Lunatic asylums United Prov. 1922-30 - 1922-1930
Year: 1922
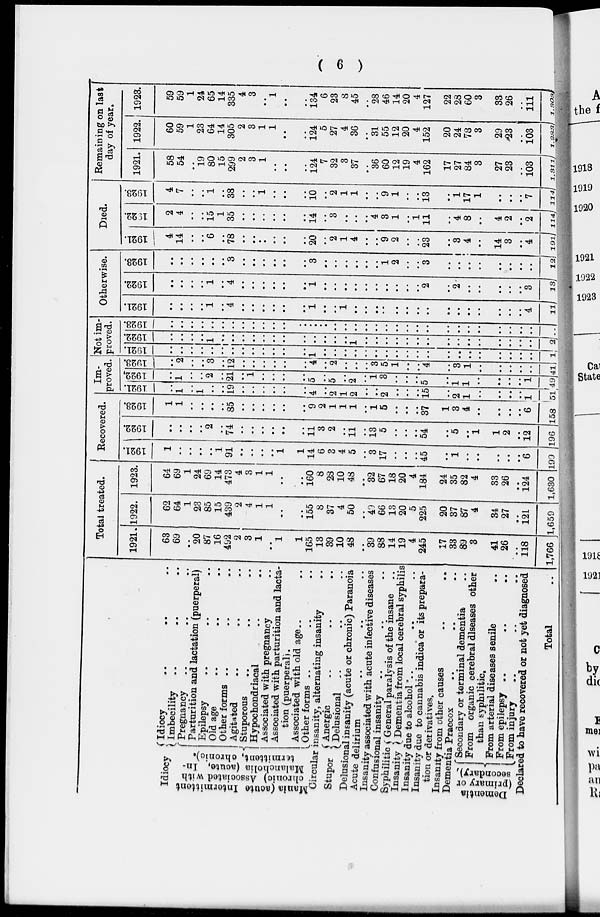
( 6 )
Idiocy
Mania (acute Intermittent
chronic) Associated with
Malancholia (acute, In-
termittent, chronic).
Idiocy .. .. ..
Imbecility .. .. ..
Pregnancy .. .. ..
Parturition and lactation (puerperal)
Epilepsy .. .. ..
Old age .. .. ..
Other forms .. .. ..
Agitated .. .. ..
Stuporous .. .. ..
Hypochondriacal .. ..
Associated with pregnancy ..
Associated with parturition and lacta-
tion (puerperal).
Associated with old age .. ..
Other forms .. .. ..
Circular insanity, alternating insanity ..
Stupor
Anergic .. .. ..
Delusional .. .. ..
Delusional insanity (acute or chronic) Paranoia
Acute delirium .. .. ..
Insanity associated with acute infective diseases
Confusional insanity .. .. ..
Syphilitic-
Insanity
General paralysis of the insane ..
Dementia from local cerebral syphilis
Insanity due to alcohol
..
..
..
Insanity due to cannabis indica or its prepara-
tion or derivatives.
Insanity from other causes .. ..
Dementia Praecox .. .. ..
Dementia
(primary or
secondary)
Secondary or terminal dementia ..
From organic cerebral diseases other
than syphilitic.
From arterial diseases senile ..
From epilepsy .. .. ..
From injury .. .. ..
Declared to have recovered or not yet diagnosed
Total ..
Total treated.
1921.
63
69
..
20
87
16
492
2
3
1
..
1
1
165
13
39
10
48
..
39
88
14
19
4
245
17
33
89
3
..
41
26
..
118
1,766
1922.
62
64
1
23
85
15
439
2
4
1
1
..
..
155
8
37
4
50
..
49
66
13
20
5
225
20
37
87
4
..
34
27
..
121
1,659
1923.
64
69
1
24
69
14
473
4
3
1
1
..
..
160
8
28
10
48
..
32
67
18
20
4
184
24
35
82
4
..
33
26
..
124
1,630
Recovered.
1921.
1
..
..
..
..
1
91
..
..
..
..
1
1
14
6
3
4
5
..
3
17
..
..
..
45
..
1
..
..
..
..
..
..
6
199
1922.
..
..
..
..
2
..
74
..
..
..
..
..
..
11
3
2
..
11
..
13
5
..
..
..
54
..
5
..
1
..
1
2
..
12
196
1923.
1
1
..
..
..
..
85
..
..
..
..
..
..
9
2
1
1
1
..
1
5
..
..
..
37
1
3
4
..
..
..
..
..
6
158
Im-
proved.
1921.
..
1
..
1
..
..
19
..
..
..
..
..
..
4
..
2
1
2
..
..
2
..
..
..
15
..
2
1
..
..
..
..
..
1
51
1922.
..
1
..
..
2
..
21
..
..
..
..
..
..
5
..
5
..
2
..
1
3
..
..
..
5
..
1
1
..
..
..
..
..
1
49
1923.
..
2
..
..
3
..
12
..
..
..
..
..
..
4
..
2
..
..
..
3
5
..
..
..
4
..
3
1
..
..
..
..
..
..
41
Not im-
proved.
1921.
..
..
..
..
..
..
..
..
..
..
..
..
..
1
..
..
..
..
..
..
..
..
..
..
..
..
..
..
..
..
..
..
..
..
l
1922.
..
..
..
..
1
..
..
..
..
..
..
..
..
..
..
..
..
..
..
..
..
..
..
..
..
..
..
..
..
..
..
..
..
..
2
1923.
..
..
..
..
..
..
..
..
..
..
..
..
..
..
..
..
..
..
..
..
..
..
..
..
..
..
..
..
..
..
..
..
..
..
..
Otherwise.
1921.
..
..
..
..
1
..
4
..
..
..
..
..
..
1
..
..
1
..
..
..
..
..
..
..
..
..
..
..
..
..
..
..
..
4
11
1922.
..
..
..
..
1
..
4
..
..
..
..
..
..
1
..
..
..
..
..
..
..
..
..
..
2
..
2
..
..
..
..
..
..
3
13
1923.
..
..
..
..
..
..
3
..
..
..
..
..
..
3
..
..
..
..
..
..
1
2
..
..
3
..
..
..
..
..
..
..
..
..
12
Died.
1921.
4
14
..
..
6
..
78
..
..
..
..
..
..
20
..
2
1
4
..
..
9
2
..
..
23
..
3
4
..
..
14
3
..
4
191
1922.
2
4
..
..
15
1
35
..
..
..
..
..
..
14
..
3
..
..
..
4
3
1
..
1
11
..
4
8
..
..
4
2
..
2
114
1923.
4
7
..
..
1
..
38
..
..
1
..
..
10
..
2
1
1
..
..
9
1
..
..
13
..
1
17
1
..
..
..
..
7
114
Remaining on last
day of year.
1921.
58
54
..
19
80
15
299
2
3
1
..
..
..
124
7
32
3
37
..
36
60
12
19
4
162
17
27
84
3
..
27
23
..
103
1,311
1922.
60
59
1
23
64
14
305
2
3
1
1
..
..
124
5
27
4
36
..
31
55
12
20
4
152
20
24
78
3
..
29
23
..
103
1,283
1923.
59
59
1
24
65
14
335
4
3
..
1
..
..
134
6
23
8
45
..
28
46
14
20
4
127
22
28
60
3
..
33
26
..
111
1.303